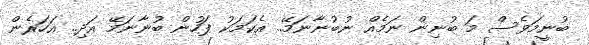
ބުނީމަވެސް މަ ބުނިން ނަމެއް ނުބުނާނަމޭ.. އެކަމަކު ފަހުން ބުނާނަމޭ އަދި.. އަހަރެން